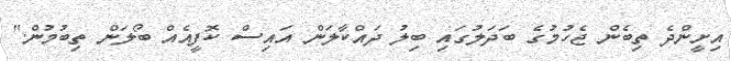
އިށީންދެ ތިބެން ޖެހުމުގެ ބަދަލުގައި ބިލު ދައްކާލަން އައިސް ކޮފީއެއް ބޯލަން ތިބުމުން."